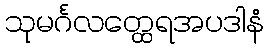
သုမင်္ဂလတ္ထေရအပဒါနံ